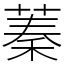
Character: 蓁